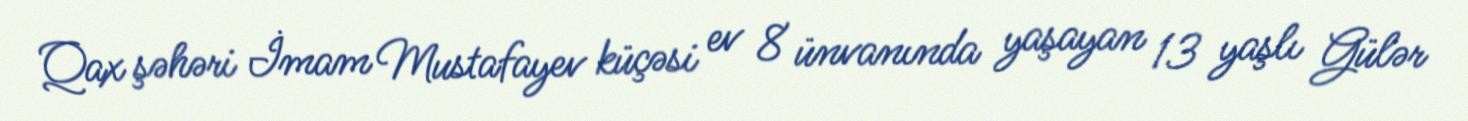
Qax şəhəri İmam Mustafayev küçəsi ev 8 ünvanında yaşayan 13 yaşlı Gülər